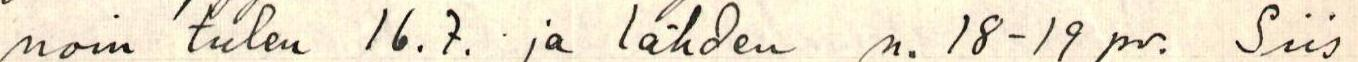
noin tulen 16.7. ja lähden n. 18-19 pv. Siis